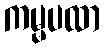
ကမ္မပထာ